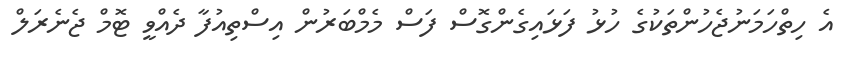
އެ ހިތްހަމަނުޖެހުންތަކުގެ ހުޅު ފަޅައިގެންގޮސް ފަސް މެމްބަރުން އިސްތިއުފާ ދެއްވީ ޓޮމް ޖެނެރަލް